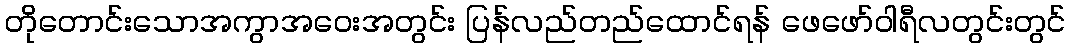
တိုတောင်းသောအကွာအဝေးအတွင်း ပြန်လည်တည်ထောင်ရန် ဖေဖော်ဝါရီလတွင်းတွင်